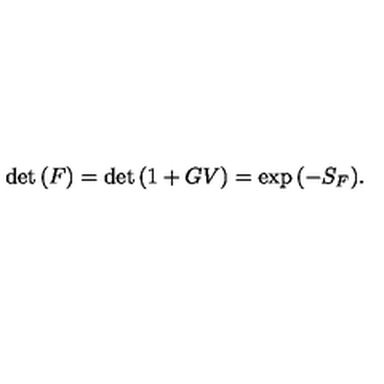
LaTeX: \det { ( F ) } = \det { ( 1 + G V ) } = \exp { ( - S _ { F } ) } .